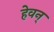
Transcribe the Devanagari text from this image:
हेवन्